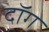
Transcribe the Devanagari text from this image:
दॉग